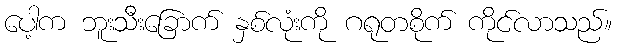
ပေါ့က ဘူးသီးခြောက် နှစ်လုံးကို ဂရုတစိုက် ကိုင်လာသည်။